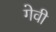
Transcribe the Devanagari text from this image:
गेवी